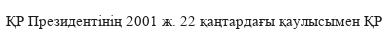
ҚР Президентінің 2001 ж. 22 қаңтардағы қаулысымен ҚР